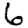
Digit: 6